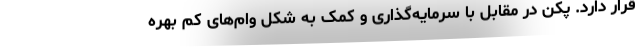
قرار دارد. پکن در مقابل با سرمایه‌گذاری و کمک به شکل وام‌های کم بهره